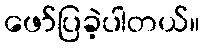
ဖော်ပြခဲ့ပါတယ်။